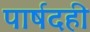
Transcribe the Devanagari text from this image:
पार्षदही